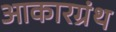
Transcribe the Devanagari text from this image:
आकारग्रंथ